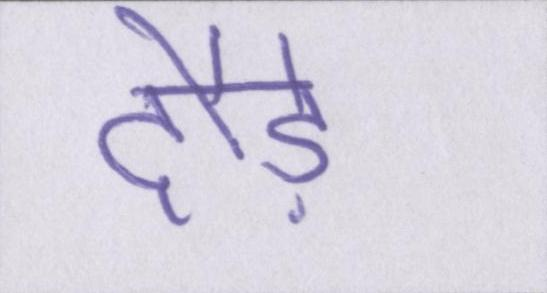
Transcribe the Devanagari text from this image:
दौड़े